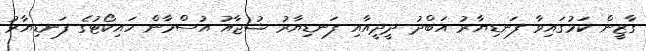
ގާޒީން ކަމުގައިވާ ފަނޑިޔާރު އަބްދު ދީދީއާއި ފަނޑިޔާރު ޝުޖާއު އުސްމާން ހައިކޯޓުގެ ފަނޑިޔާރު